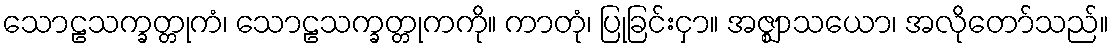
သောဠသက္ခတ္တုကံ၊ သောဠသက္ခတ္တုကကို။ ကာတုံ၊ ပြုခြင်းငှာ။ အဇ္ဈာသယော၊ အလိုတော်သည်။